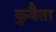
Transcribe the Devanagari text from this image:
कुबैता